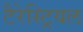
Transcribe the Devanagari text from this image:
टैरेस्ट्रियल